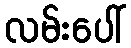
လမ်းပေါ်